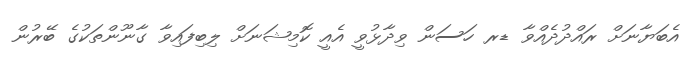
އެބަޔާނަށް ރައްދުދެއްވާ ޑރ ހަސަން ވިދާޅުވީ އެއީ ކޮމިޝަނަށް ލިބިފައިވާ ގާނޫންތަކުގެ ބޭރުން